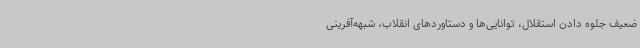
ضعیف جلوه دادن استقلال، توانایی‌ها و دستاوردهای انقلاب، شبهه‌آفرینی